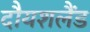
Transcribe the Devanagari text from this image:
दौयशलैंड